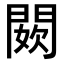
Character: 𨵇